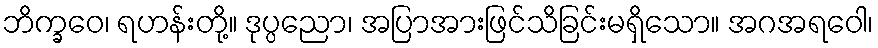
ဘိက္ခဝေ၊ ရဟန်းတို့။ ဒုပ္ပညော၊ အပြာအားဖြင်သိခြင်းမရှိသော။ အဂအရဝေါ၊